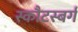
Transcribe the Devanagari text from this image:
स्कौटस्बर्ग